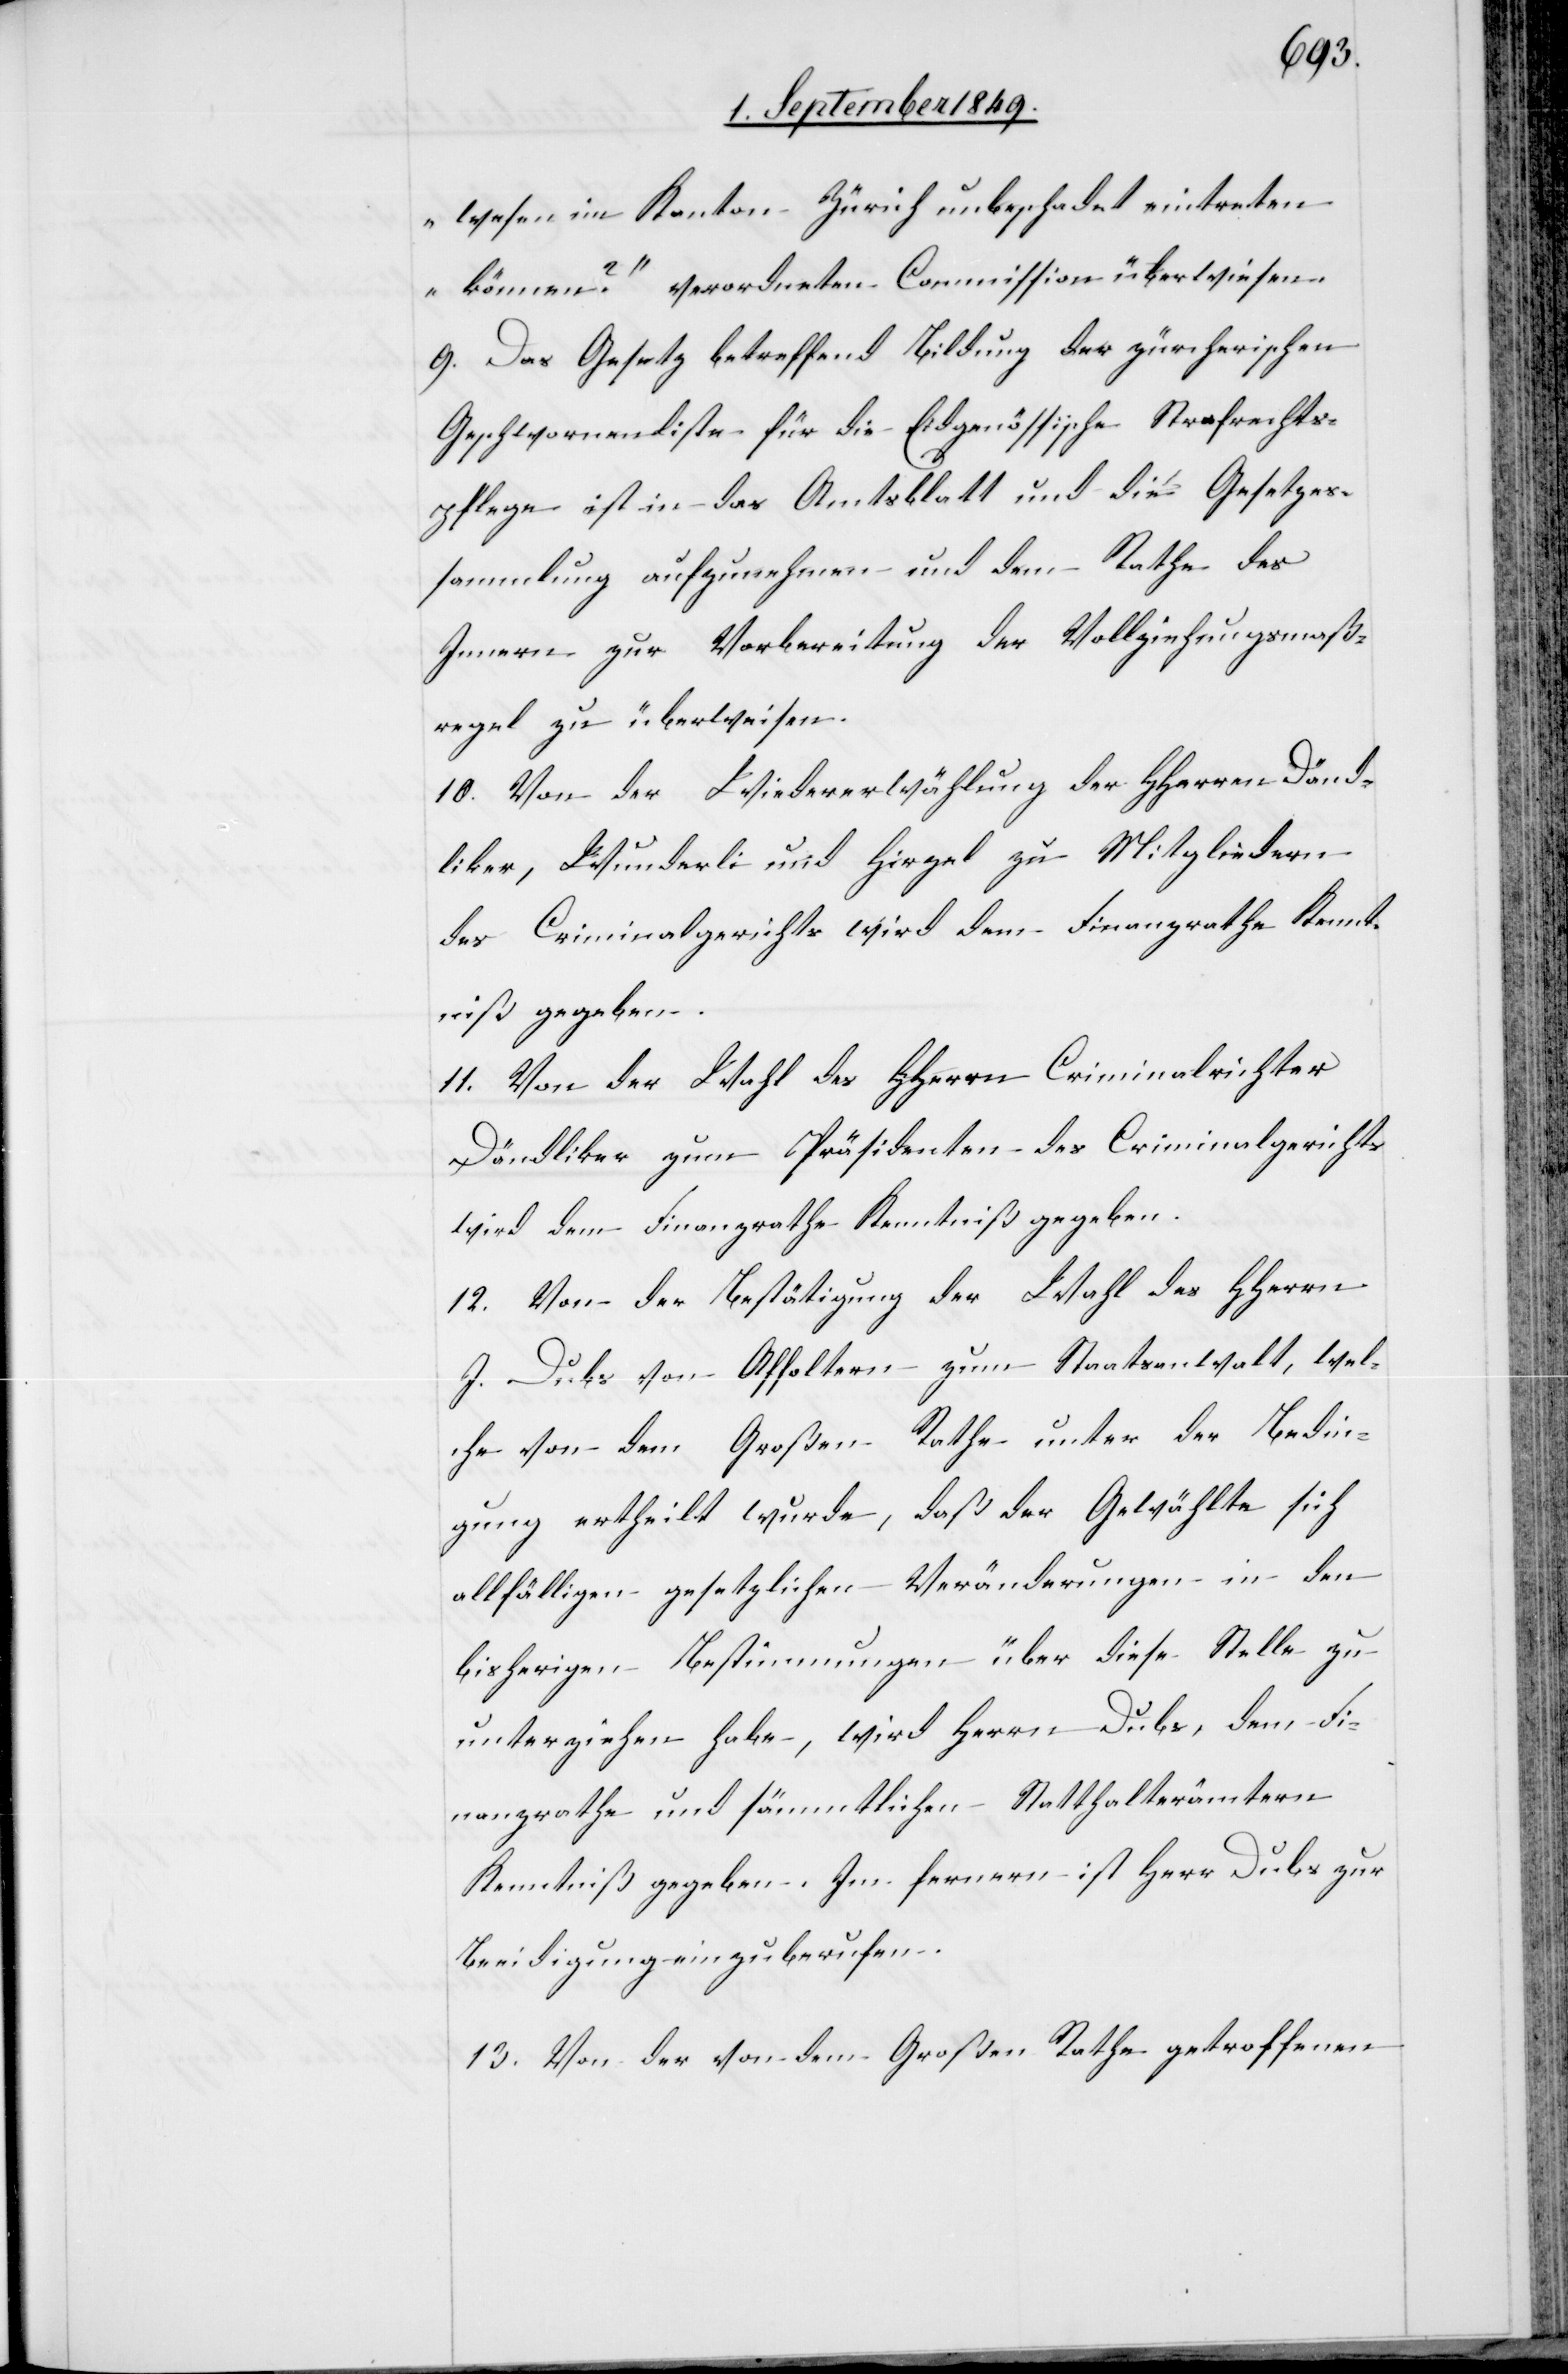
wesen im Kanton Zürich unbeschadet eintreten
können?“ verordneten Commission überwiesen.
9. Das Gesetz betreffend Bildung der zürcherischen
Geschwornenliste für die Eidgenössische Strafrechts¬
pflege ist in das Amtsblatt und die Gesetzes¬
sammlung aufzunehmen und dem Rathe des
Innern zur Vorbereitung der Vollziehungsmaß¬
regel zu überweisen.
10. Von der Wiederwählung der HHerren Dänd¬
liker, Wunderli und Hirzel zu Mitgliedern
des Criminalgerichts wird dem Finanzrathe Kennt¬
niß gegeben.
11. Von der Wahl des HHerrn Criminalrichter
Dändliker zum Präsidenten des Criminalgerichts
wird dem Finanzrathe Kenntniß gegeben.
12. Von der Bestätigung der Wahl des HHerrn
J. Dubs von Affoltern zum Staatsanwalt, wel¬
che von dem Großen Rathe unter der Bedin¬
gung ertheilt wurde, daß der Gewählte sich
allfälligen gesetzlichen Veränderungen in den
bisherigen Bestimmungen über diese Stelle zu
unterziehen habe, wird Herrn Dubs, dem Fi¬
nanzrathe und sämmtlichen Statthalterämtern
Kenntniß gegeben. Im fernern ist Herr Dubs zur
Beeidigung einzuberufen.
13. Von der von dem großen Rathe getroffenen